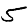
Digit: 5